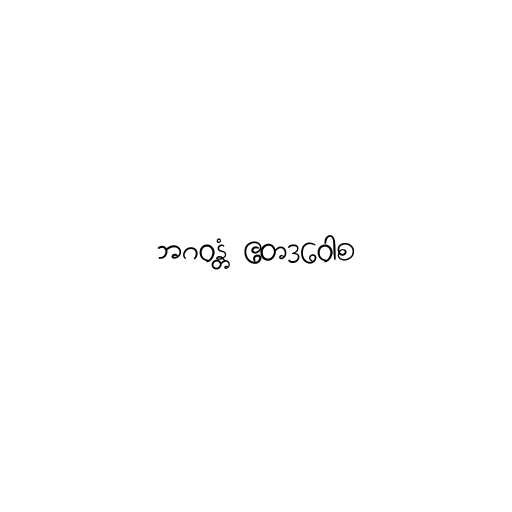
ဘဂဝန္တံ ဧတဒဝေါစ